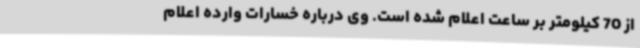
از 70 کیلومتر بر ساعت اعلام شده است. وی درباره خسارات وارده اعلام